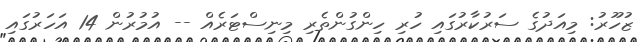
ޒުހޫރު: މިއަދުގެ ސަރުކާރުގައި ހުރި ހިންގުންތެރި މިނިސްޓަރެއް -- އުމުރުން 14 އަހަރުގައި